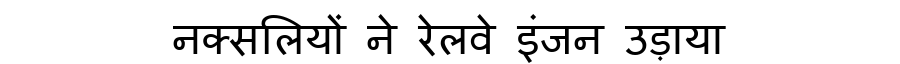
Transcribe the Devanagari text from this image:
नक्सलियों ने रेलवे इंजन उड़ाया